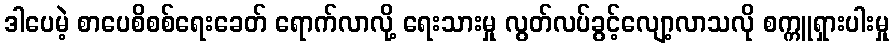
ဒါပေမဲ့ စာပေစိစစ်ရေးခေတ် ရောက်လာလို့ ရေးသားမှု လွတ်လပ်ခွင့်လျော့လာသလို စက္ကူရှားပါးမှု